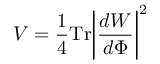
V = { \frac { 1 } { 4 } } \mathrm { T r } \biggl | { \frac { d W } { d \Phi } } \biggr | ^ { 2 }